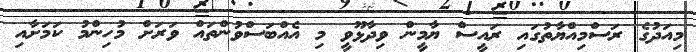
މިއަދުގެ ރަސްމިއްޔާތުގައި ރައީސް ޔާމީން ވިދާޅޫވީ މި އެއްބަސްވުންތައް ވަރަށް މުހިންމު ކަމަށާއި